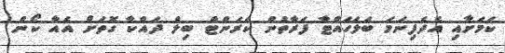
ކަމަށާއި އެދެފިނަމަ ބަލަހައްޓާ ފަރާތުން ކަރަންޓް ބިލް ދައްކާ ގޮތަށް އެއާ ކޯން